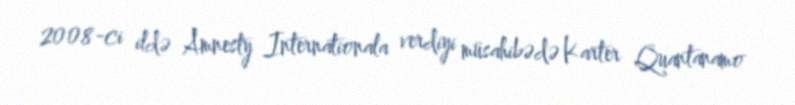
2008-ci ildə Amnesty Internationala verdiyi müsahibədə Karter Quantanamo